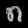
Digit: ၈